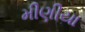
મીણીયા